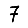
Digit: 7